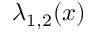
\lambda _ { 1 , 2 } ( x )